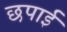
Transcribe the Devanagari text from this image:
छपार्इ